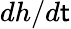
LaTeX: dh/d\mathsf{t}